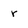
Character: r